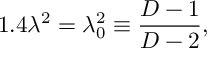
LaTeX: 1 . 4 \lambda ^ { 2 } = \lambda _ { 0 } ^ { 2 } \equiv \frac { D - 1 } { D - 2 } ,